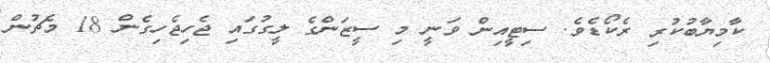
ކާމިޔާބުކުރި ރެކޯޑެވެ. ސިޓީއިން ވަނީ މި ސީޒަންގެ ލީގުގައި ޖެހިޖެހިގެން 18 މެޗުން